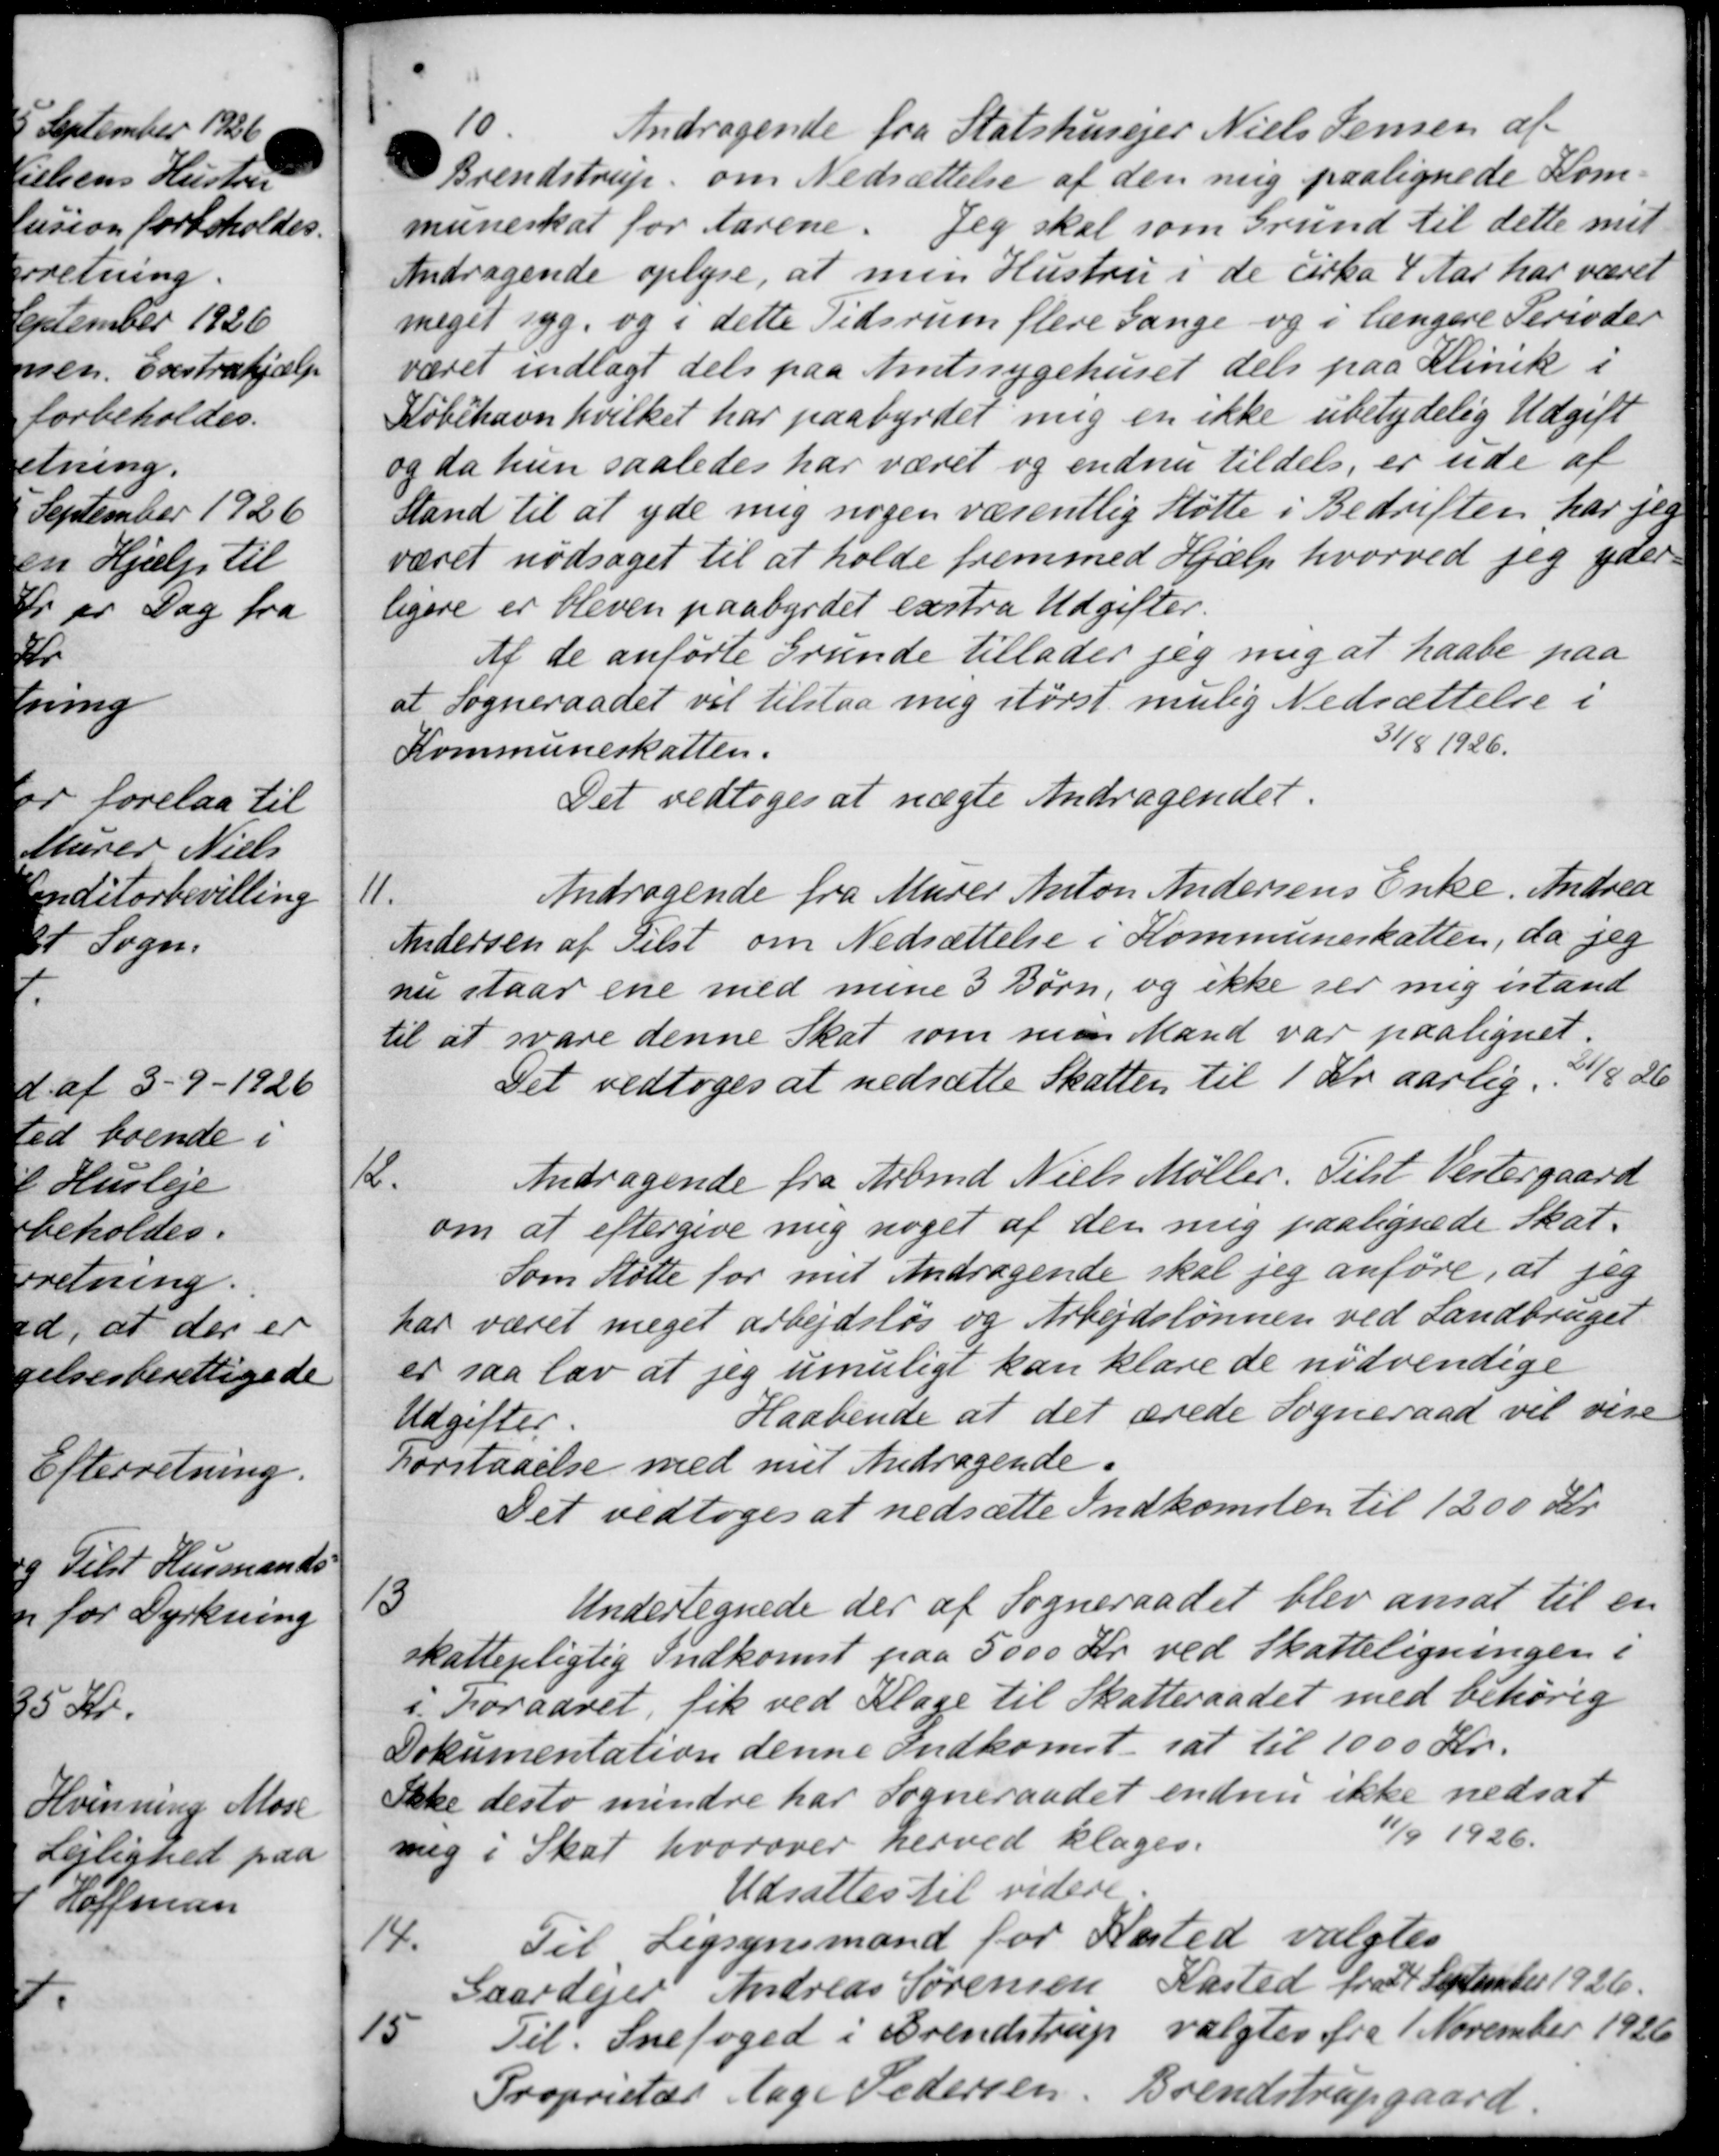
Transskription:
10.
Andragende fra Statshusejer Niels Jensen af
Brendstrup, om Nedsættelse af den mig paalignede Kom-
muneskat for Aarene. Jeg skal som Grund til dette mit
Andragende oplyse, at min Hustru i de cirka 4 Aar har været
meget syg, og i dette Tidsrum flere sange og i længere Perioder
været indlagt dels paa Amtssygehuset dels paa Klinik i
Løbehavn hvilket har paabyrdet mig en ikke ubetydelig Udgift
og da hun saaledes har været og endnu tildels, er ude af
Stand til at yde mig nogen væsentlig Støtte i Bedriften har jeg
været nødsaget til at holde fremmed Hjælp hvorved jeg yder-
ligere er bleven paabyrdet exstra Udgifter.
Af de anførte Grunde tillader jeg mig at haabe paa
at Sogneraadet vil tilstaa mig størst mulig Nedsættelse i
Kommuneskatten.
31/8 1926.
Det vedtoges at nægte Andragendet.
11.
Andragende fra Murer Anton Andersens Enke. Andrea
Andersen af Tilst om Nedsættelse i Kommuneskatten, da jeg
nu staar ene med mine 3 Børn, og ikke ser mig istand
til at svare denne Skat som man Mand var paalignet.
Det vedtoges at nedsætte Skatten til 1 Kr. aarlig. 11/8 26
K.
Andragende fra Arbmd Niels Møller. Tilst Vestergaard
om at eftergive mig noget af den mig paalignede Skat.
Som Støtte for mit Andragende skal jeg anføre, at jeg
har været meget arbejdsløs og Arbejdslønnen ved Landbruget
er saa lov at jeg umuligt kan klare de nødvendige
Udgifter.
Haabende at det ærede Sogneraad vil vise
Forstaaelse med mit Andragende.
Det vedtoges at nedsætte Indkomsten til 1200 Kr.
13
Undertegnede der af Sogneraadet blev ansat til en
skattepligtig Indkomst paa 5000 Kr. ved Skatteligningen i
i Foraaret fik ved Klage til Skatteraadet med behørig
Dokumentation denne Indkomst sat til 1000 Kr.
Ikke desto mindre har Sogneraadet endnu ikke nedsat
11/9 1926.
mig i Skat, hvorover herved klages.
Udsattes til videre
14.
Til Ligsynsmand for Næsted valgtes
Gaardejer Andreas Sørensen Kasted fra 14 September 1926.
15
Til Snefoged i Brendstrup valgtes fra 1 November 1926
Proprietær Aage Pedersen, Brendstrupgaard